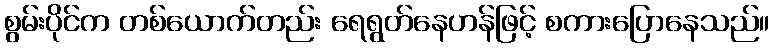
စွမ်းပိုင်က တစ်ယောက်တည်း ရေရွတ်နေဟန်ဖြင့် စကားပြောနေသည်။